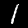
Label: 1